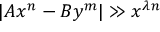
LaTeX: | A x ^ { n } - B y ^ { m } | \gg x ^ { \lambda n }